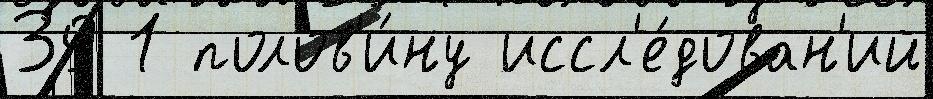
39 1 полов'и́ну иссл'е́дован'ий